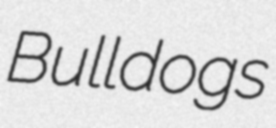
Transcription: Bulldogs